Cholera in India, 1862 to 1881
Year: 1862
Disease focus: Cholera
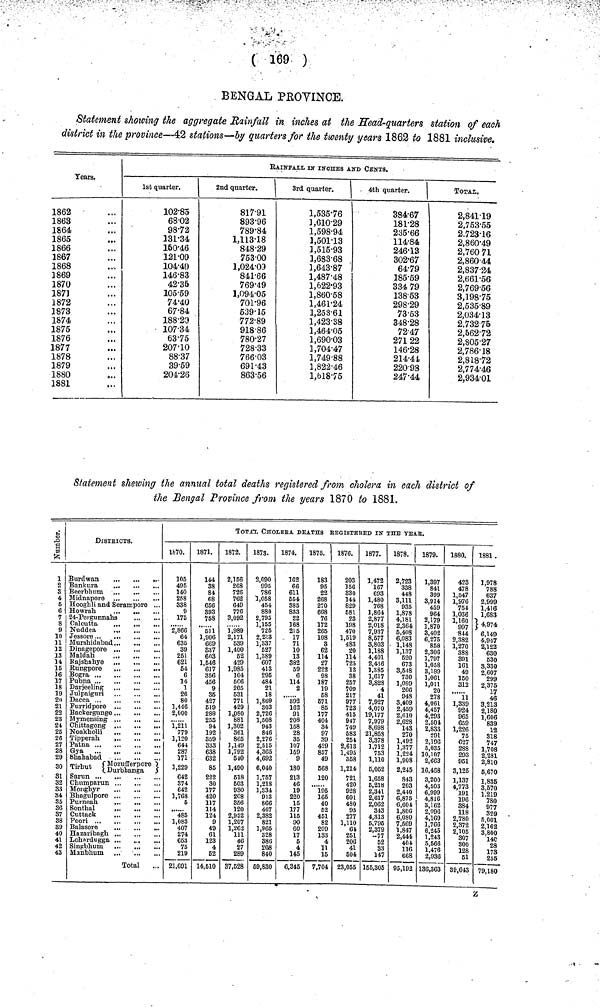
( 169 )
BENGAL PROVINCE.
Statement showing the aggregate Rainfall in inches at the Head-quarters station of each
district in the province—42 stations—by quarters for the twenty years 1862 to 1881 inclusive.
Years.
1862
1863
1864
1865
1866
1867
1868
3869
1870
1871
1872
1873
1874
1875
1876
1877
1878
1879
1880
1881
RAINFALL IN INCHES AND CENTS.
1st quarter.
102·85
68·-02
98·72
131·34
150·46
121·09
104·40
146·83
42·35
105·59
74·40
67·84
188·20
107·34
63·75
207·10
88·37
39·59
204·26
2nd quarter.
817·91
893·96
789·84
1,113·18
848·29
753·00
1,024·09
841·66
769·49
1,094·05
701·96
539·15
772·89
918·86
780·27
728·33
766·03
691·43
863·56
3rd quarter.
1,535·76
1,610·29
1,598·94
1,501·13
3,515·93
1,683·68
1,643·87
1,487·48
1,622·93
1,860·58
1,461·24
1,253·61
1,423·38
1,464·05
1,690·03
3,704·47
1,749·88
1,822·46
1,618·75
4th quarter.
384·67
181·28
235·66
114·84
246·13
302·67
64·79
185·59
334 79
138·53
298·29
73·53
348·28
72·47
271 22
146·28
214·44
220·98
247·44
Total.
2,841·19
2,753·55
2.723·16
2,860·49
2,760 71
2,860·44
2,837·24
2,661·56
2,769·56
3,198·75
2,535·89
2,034·13
2,732·75
2,562·72
2,805·27
2,786·18
2,818·72
2,774·46
2,934·01
Statement shewing the annual total deaths registered from cholera in each district of
the Bengal Province from the years 1870 to 1881.
Number
1
2
3
4
5
6
1
8
9
10
11
12
13
14
15
16
17
18
19
20
21
22
23
24
25
26
27
28
29
30 30
81
32
33
34
35
36
37
38
39
40
41
42
43
DlSTBICTS.
Burdwan
...
Bankura
...
...
Beerbhum
Midnapore
Hooghli and Serampore
Howrah
24-Pergunnahs
Nuddea
Murshidabad
Dinagepore
Maldah
Rajshahye ...
...
Rungpore
Darieeling
Julpaiguri
Furridpore
Backergunge
Mymensing
Chittagong
Noakholli
Tipperah.
...
Gya
Shahabad
,
Tirhut
Mozufferpore
Durbhanga
Chumparun
Monghyr
Bhagulpore
Purneah
...
Sonthal
Cuttack
Poori
Balasore
...
Hazaribagh
Lohardugga ...
.,.
Sinpbhum
Manbhum ...
Total
TOTAL, CHOLErA DEATHS REGISTErED IN THE yEAr.
1670.
105
495
140
258
338
9
175
2,866
64
635
39
251
621
54
6
14
1
26
80
1,446
2,000
1,211
779
1,120
641
287
171
1 220
642
374
642
1,768
5
485
1,083
407
274
653
75
219
21,691
1871.
144
38
84
68
656
S93
758
511
1,906
669
837
603
1,546
617
356
456
9
35
427
519
288
255
94
192
359
333
638
632
85 35
222
30
177
420
117
114
124
9
49
61
123
4
62
14,510
1872.
2,156
268
726
762
649
776
3,092
1,989
2,171
539
1,400
52
429
1,985
104
606
205
531
771
429
1,080
881
1,302
361
865
1,149
1,792
640
1 490
618
603
930
208
866
120
2,952
1,207
1,262
111
46
27
289
37,628
1873.
2,090
995
786
1,058
454
880
2,795
1,155
725
2,233
1,337
527
1,389
607
413
296
484
21
18
1,869
303
2,726
1,508
943
846
2,276
2,515
4,365
4,692
6 040
1,757
1,218
1,334
913
866
467
2,382
821
1,965
328
386
208
840
59,880
1874.
162
66
611
554
885
833
22
168
215
17
71
10
13
382
69
6
114
2
392
162
91
208
158
28
35
107
159
9
180
213
46
19
220
15
177
116
90
60
17
5
4
145
6,345
1875.
183
95
22
268
270
668
76
172
265
108
8
62
114
27
222
98
187
19
58
671
85
177
404
84
97
39
429
857
49
668
120
195
165
40
52
451
82
209
133
4
11
15
7,704
1876.
203
156
330
144
829
581
23
198
470
1,619
483
20
114
725
13
38
257
709
217
977
723
415
947
749
583
254
2,613
1,495
368
1,214
721
420
928
601
4SO
95
277
1,110
64
251
206
41
504
23,055
1877.
1,472
167
693
1,480
768
1,864
2,877
2,018
7,937
8,577
8,803
1,188
4,401
2,436
1,385
1,617
3,828
.4
41
7,927
4,070
19,177
7,979
8,698
21,858
8,378
1,712
753
1,110
5,052
1,658
6,218
2,341
2,617
2,062
343
4,813
5,795
2,379
-77
52
33
147
155,305
1878.
2,723
338
448
3,111
935
1,878
4,181
2,364
5,408
6,083
1,148
1,137
520
673
3,548
730
1,089
266
948
3,409
2,459
2,610
2,628
143
270
1,492
1,377
1,224
1,908
2 245
843
203
2,410
6,875
6,604
1,800
6,080
7,569
1,847
2,444
404
116
668
95,192
1879.
1,397
841
399
3,914
459
964
2,179
1,870
3,402
6,275
858
2,306
1,797
1,058
3,189
1,061
1,011
20
278
4,061
4,457
4,293
2,504
2,833
291
2,196
5,035
10,107
2,663
16 488
3,200
4,503
6,999
4,816
3,762
2,096
4,169
1,766
6,245
1,243
5,566
1.476
2,936
136,363
1880.
423
478
1,547
1,976
754
1,036
1,160
997
844
2,382
1,270
388
391
161
49
150
312
11
1.339
924
965
659
1,226
75
627
288
293
951
3 125
1,137
4,773
191
196
384
118
2,780
2,372
2,105
307
300
128
61
39,643
1881.
1,978
788
637
2,999
1,416
1,683
• 4,974
6,149
4,947
2,122
630
530
3,330
2,607
299
2,375
17
46
3,213
2,180
1,606
839
12
318
747
1,708
2,281
2,810
6,670
1,835
3,670
1.219
780
977
329
5,001
2,162
3,800
14C
28
173
256
79,180
z